Annual vaccination report of Bihar and Orissa - 1911-1928
Year: 1911
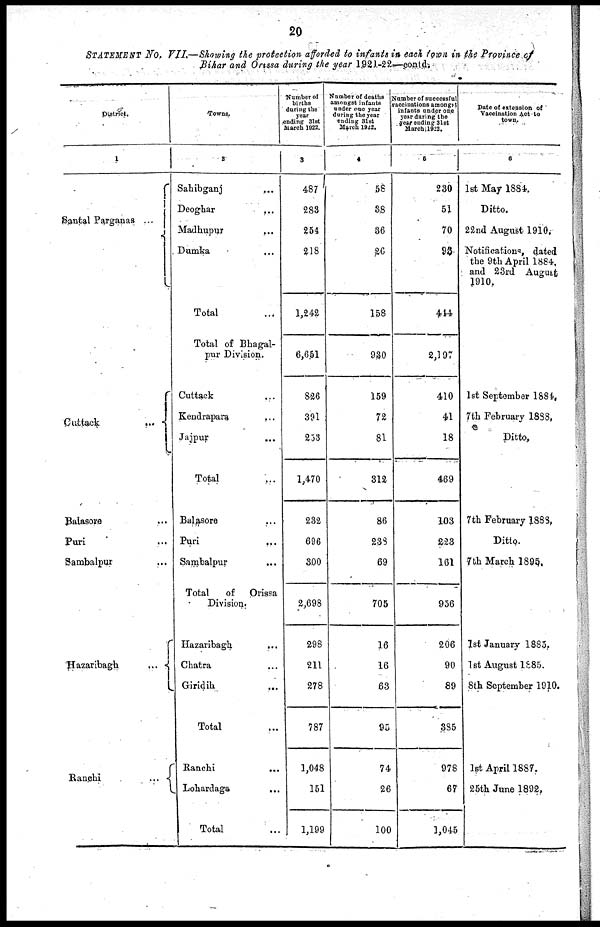
20
STATEMENT No. VII.—Showing the protection afforded to infants in each town in the Provinces of
Bihar and Orissa during the year 1921-22—contd.
District.
1
Santal Parganas
...
Cuttack
...
Balasore ...
Puri ...
Sambalpur
...
Hazaribagh
...
Ranchi
...
Towns.
2
Sahibganj
...
Deoghar
...
Madhupur
...
Dumka ...
Total ...
Total of Bhagal-
pur Division.
Cuttack ...
Kendrapara ...
Jajpur ...
Total ...
Balasore ...
Puri
...
Sambalpur ...
Total
of Orissa
Division.
Hazaribagh
...
Chatra ...
Giridih
...
Total ...
Ranchi
...
Lohardaga ...
Total ...
Number of
births
during the
year
ending 31st
March 1922.
3
487
283
254
218
1,242
6,651
826
391
253
1,470
232
696
300
2,698
298
211
278
787
1,048
151
1,199
Number of deaths
amongst infants
under one year
during the year
ending 31st
March 1922.
4
58
38
36
26
158
930
159
72
81
312
86
238
69
705
16
16
63
95
74
26
100
Number of successful
vaccinations amongst
infants under one
year during the
year ending 31st
March l922.
5
230
51
70
93
444
2,197
410
41
18
469
103
223
161
956
206
90
89
385
978
67
1,045
Date of extension of
Vaccination Act-to
town.
6
1st May 1884.
Ditto.
22nd August 1910.
Notifications, dated
the 9th April 1884,
and 23rd August
1910.
1st September 1884.
7th February 1888.
Ditto.
7th February 1888.
Ditto.
7th March 1895.
1st January 1885.
1st August 1885.
8th September 1910.
1st April 1887.
25th June 1892.